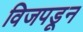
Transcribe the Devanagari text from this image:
विजपडून